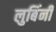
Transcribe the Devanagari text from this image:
लुबिंनी